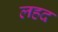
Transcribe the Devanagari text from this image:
लहद